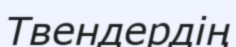
Твендердің